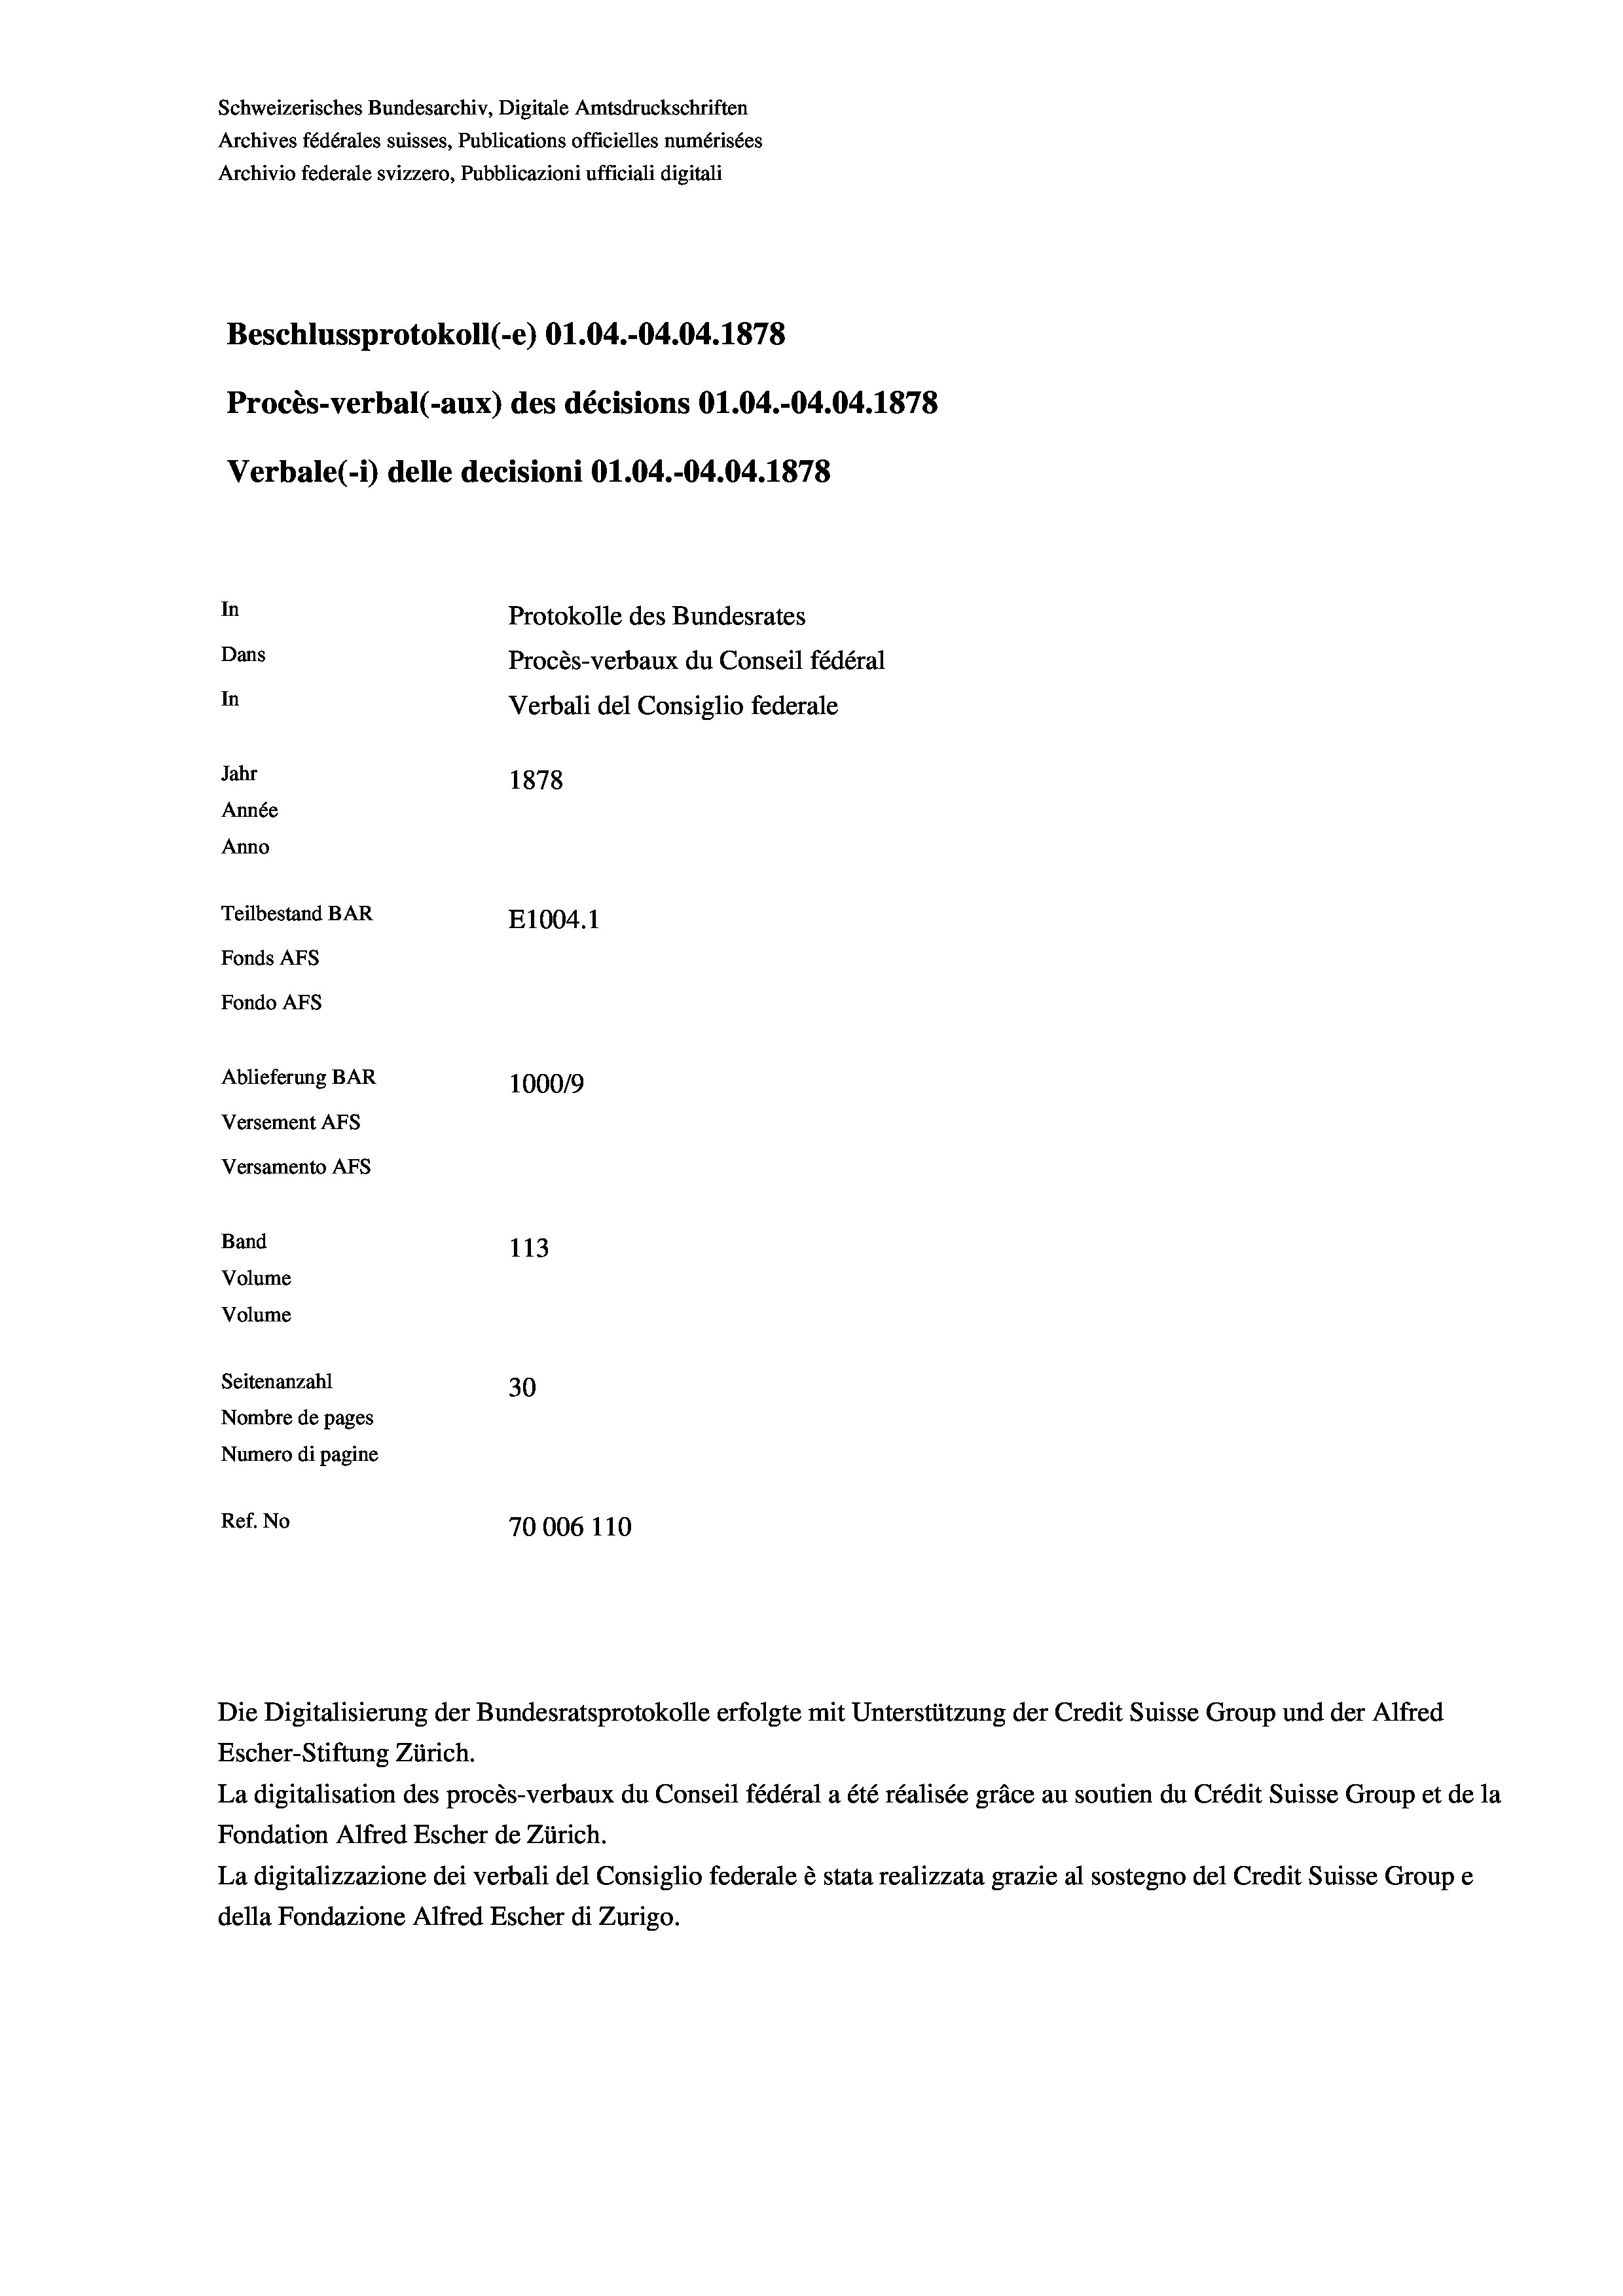
Schweizerisches Bundesarchiv, Digitale Amtsdruckschriften
Archives fédérales suisses, Publications officielles numérisées
Archivio federale svizzero, Pubblicazioni ufficiali digitali
Beschlussprotokoll (-e) 01.04.-04.04. 1878
Procès-verbal (-aux) des décisions O1.04.-04.04. 1878
Verbale (1) delle decisioni O1.04.-04.04. 1878
In
Protokolle des Bundesrates
Dans
Procès-verbaux du Conseil fédéral
In
Verbali del Consiglio federale
Jahr
1878
Année
Anno
Teilbestand BAR
E1004. 1
Fonds AFs
Fondo AFS
Ablieferung BAR
100019
Versement AFs
Versamento AFs
Band
113
Volume
Volume
Seitenanzahl
30
Nombre de pages
Numero di pagine
Ref. No
70006 110

Escher-Stiftung Zürich.
La digitalisation des procès-verbaux du Conseil fédéral a été réalisée gräce au soutien du Crédit Suisse Group et de la
Fondation Alfred Escher de Zürich.
La digitalizzazione dei verbali del Consiglio federale è stata realizzata grazie al sostegno del Credit Suisse Groupe
della Fondazione Alfred Escher di Zurigo.

Die Digitalisierung der Bundesratsprotokolle erfolgte mit Unterstützung der Credit Suisse Group und der Alfred